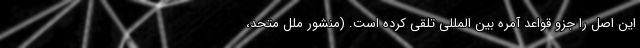
این اصل را جزو قواعد آمره بین المللی تلقی کرده است. (منشور ملل متحد،